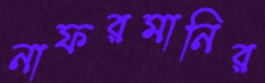
নাফরমানির